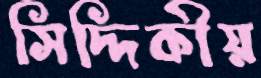
সিদ্দিকীয়